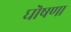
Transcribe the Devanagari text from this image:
घॊषणा